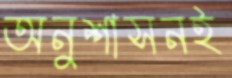
অনুশাসনই